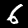
Digit: 6